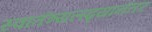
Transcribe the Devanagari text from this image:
स्वातंत्र्यलढ्यानंतर